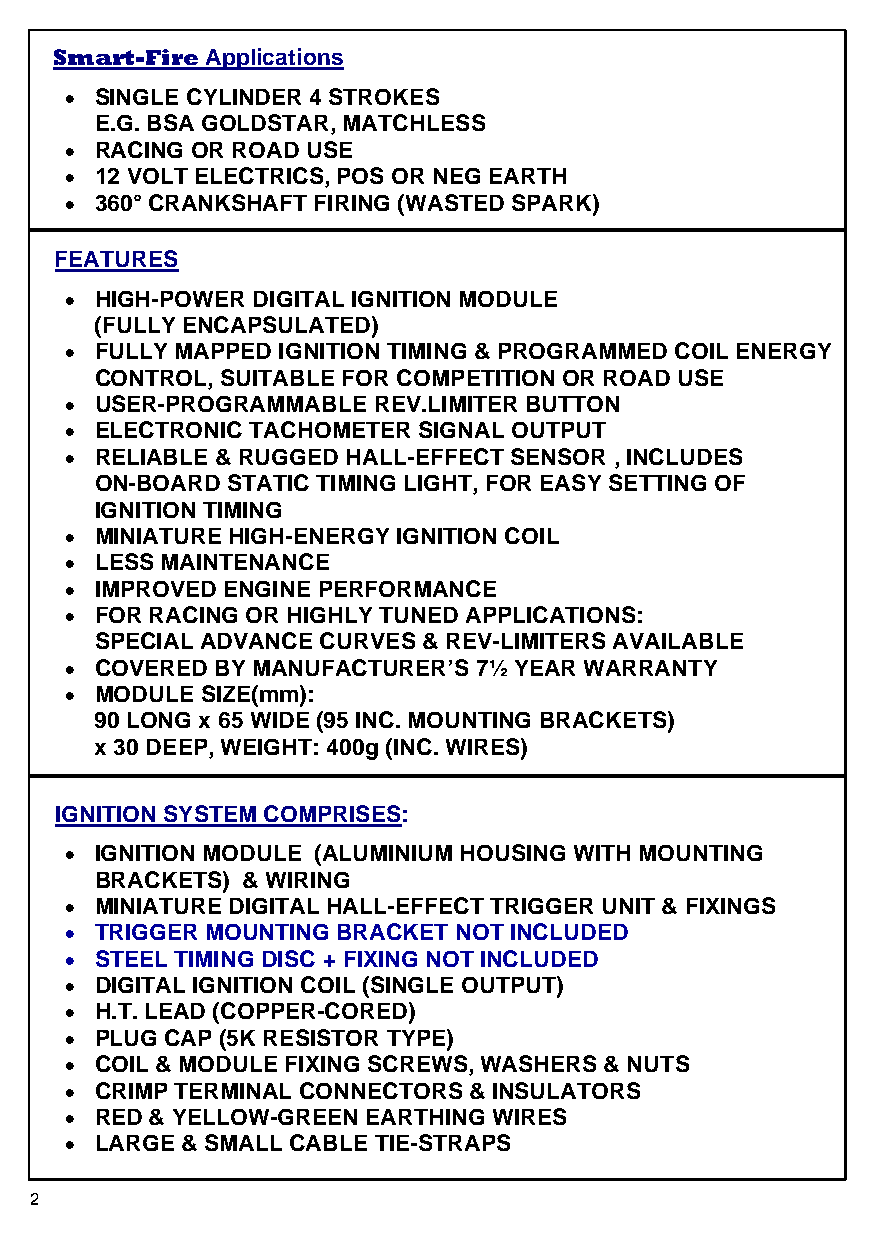
Smart-Fire Applications
 • SINGLE CYLINDER 4 STROKES
 E.G. B SA GOLDSTAR, MATCHLESS
 • RACING OR ROAD USE
 • 12 VOLT ELECTRICS, POS OR NEG EARTH
 • 360° CRANKSHAFT FIRING (WASTED SPARK)
 FEATURES
 • HIGH-POWER DIGITAL IGNITION MODULE
 (FULLY ENCAPSULATED)
 • FULLY MAPPED IGNITION TIMING & PROGRAMMED COIL ENERGY
 CONTROL, SUITABLE FOR COMPETITION OR ROAD USE
 • USER-PROGRAMMABLE  REV.LIMITER BUTTON
 • ELECTRONIC TACHOMETER SIGNAL OUTPUT
 • RELIABLE & RUGGED HALL-EFFECT SENSOR , INCLUDES
 ON-BOARD STATIC TIMING LIGHT, FOR EASY SETTING OF
 IGNITION TIMING
 • MINIATURE HIGH-ENERGY IGNITION COIL
 • LESS MAINTENANCE
 • IMPROVED ENGINE PERFORMANCE
 • FOR RACING OR HIGHLY TUNED APPLICATIONS:
 SPECIAL ADVANCE CURVES & REV-LIMITERS AVAILABLE
 • COVERED BY MANUFACTURER’S 7½ YEAR WARRANTY
 • MODULE SIZE(mm):
 90 LONG x 65 WIDE (95 INC. MOUNTING BRACKETS)
 x 30 DEEP, WEIGHT: 400g (INC. WIRES)
 IGNITION SYSTEM COMPRISES:
 • IGNITION MODULE (ALUMINIUM HOUSING WITH MOUNTING
 BRACKETS) & WIRING
 • MINIATURE DIGITAL HALL-EFFECT TRIGGER UNIT & FIXINGS
 • TRIGGER MOUNTING BRACKET NOT INCLUDED
 • STEEL TIMING DISC + FIXING NOT INCLUDED
 • DIGITAL IGNITION COIL (SINGLE OUTPUT)
 • H.T. LEAD (COPPER-CORED)
 • PLUG CAP (5K RESISTOR TYPE)
 • COIL & MODULE FIXING SCREWS, WASHERS & NUTS
 • CRIMP TERMINAL CONNECTORS & INSULATORS
 • RED & YELLOW-GREEN EARTHING WIRES
 • LARGE & SMALL CABLE TIE-STRAPS
 2